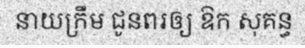
នាយក្រឹម ជូនពរឲ្យ ឱក សុគន្ធ